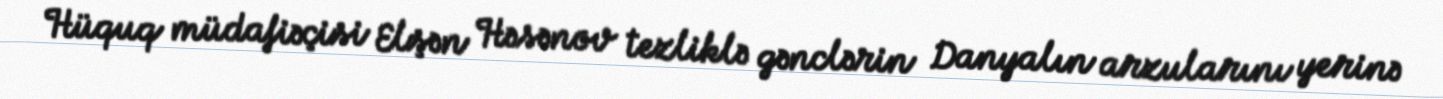
Hüquq müdafiəçisi Elşən Həsənov tezliklə gənclərin Danyalın arzularını yerinə